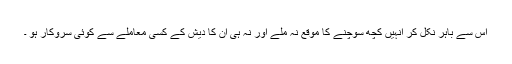
اس سے باہر نکل کر انہیں کچھ سوچنے کا موقع نہ ملے اور نہ ہی ان کا دیش کے کسی معاملے سے کوئی سروکار ہو ۔